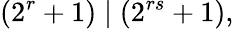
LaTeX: (2^{r}+1)\mid(2^{rs}+1),